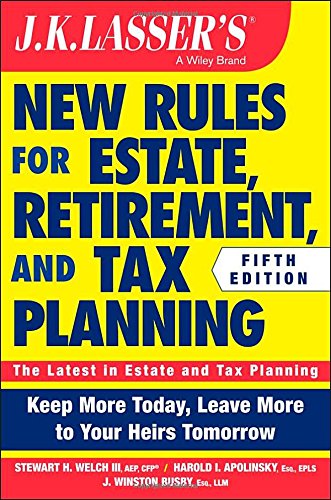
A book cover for JK Lasser's New Rules for Estate, Retirement, and Tax Planning; Stewart H. Welch III; Business & Money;